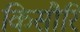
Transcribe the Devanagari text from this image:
किसौरि